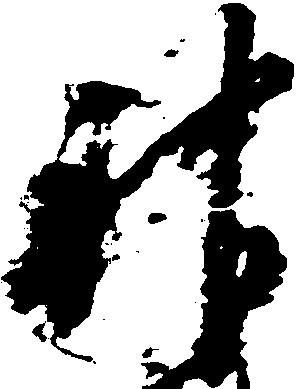
神